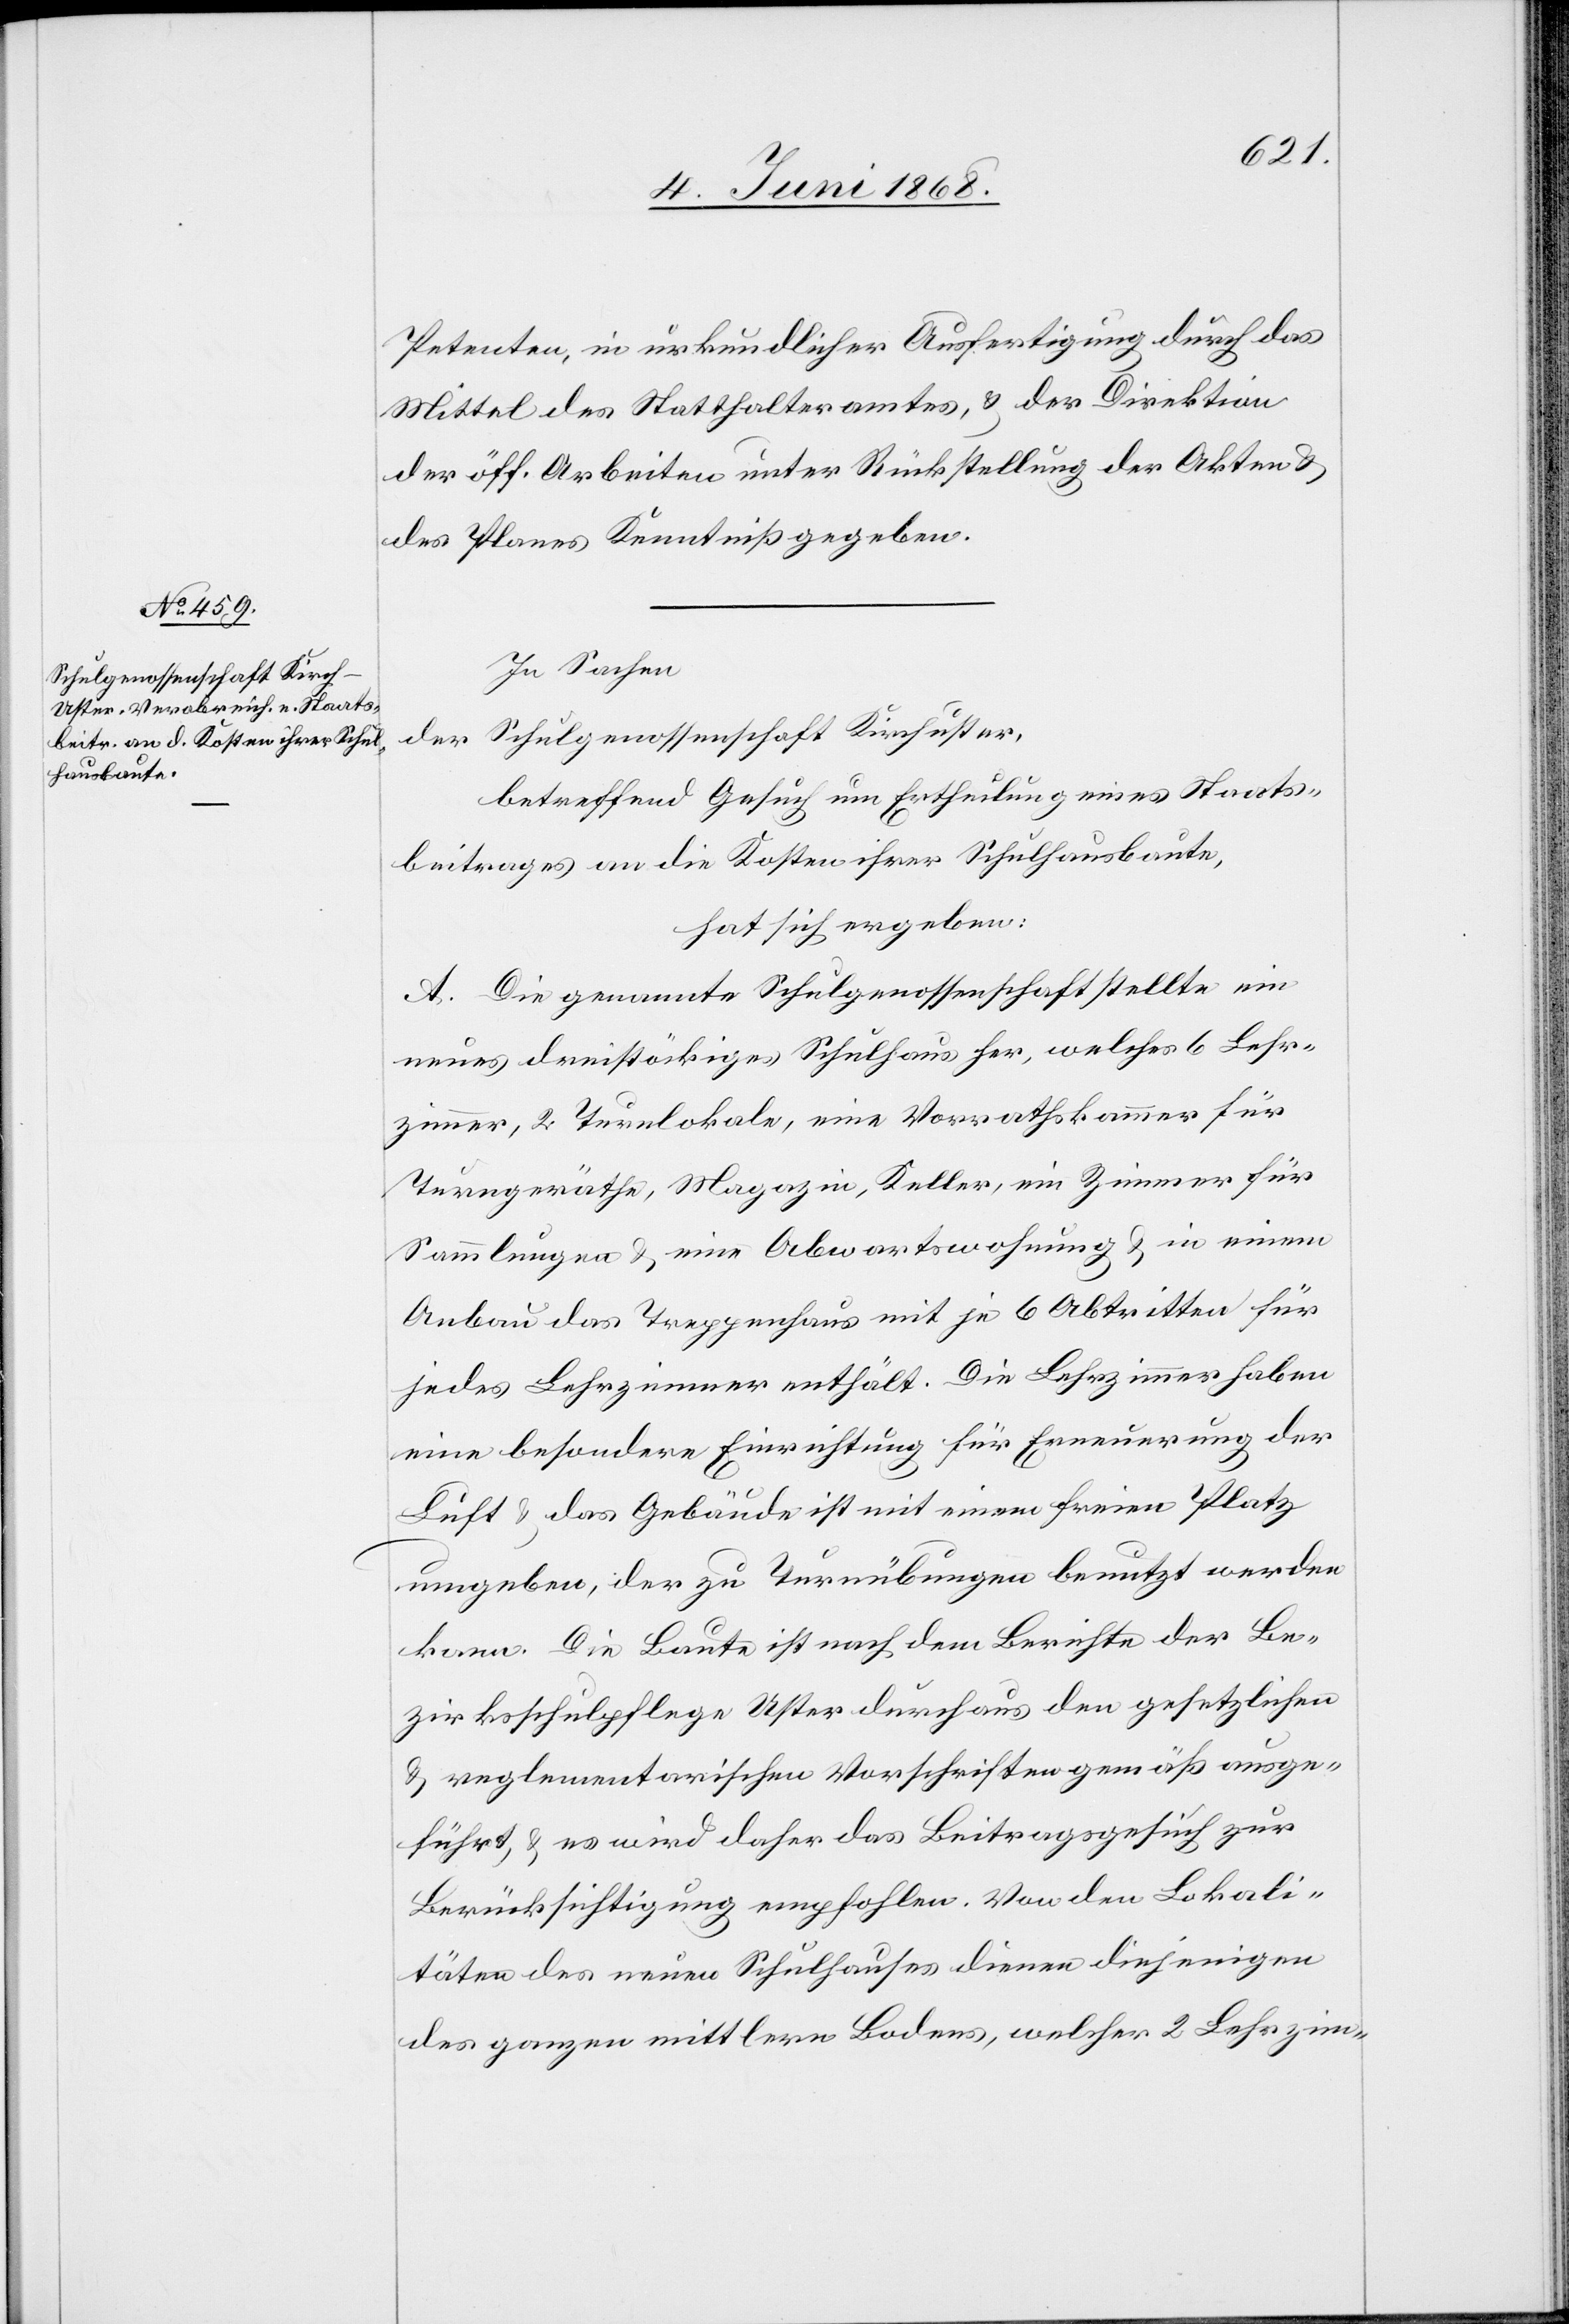
Petenten, in urkundlicher Ausfertigung durch das
Mittel des Statthalteramtes, & der Direktion
der öff. Arbeiten unter Rückstellung der Akten &
des Planes Kenntniß gegeben.
In Sachen
Schulgenossenschaft Kirchuster,
der
betreffend Gesuch um Ertheilung eines Staats¬
beitrages an die Kosten ihrer Schulhausbaute,
hat sich ergeben:
A. Die genannte Schulgenossenschaft stellte ein
neues dreistöckiges Schulhaus her, welches 6 Lehr¬
zimmer, 2 Turnlokale, eine Vorrathskammer für
Turngeräthe, Magazin, Keller, ein Zimmer für
Sammlungen & eine Abwartswohnung & in einem
Anbau das Treppenhaus mit je 6 Abtritten für
jedes Lehrzimmer enthält. Die Lehrzimmer haben
eine besondere Einrichtung für Erneuerung der
Luft & das Gebäude ist mit einem freien Platz
umgeben, der zu Turnübungen benutzt werden
kann. Die Baute ist nach dem Berichte der Be¬
zirksschulpflege Uster durchaus den gesetzlichen
& reglementarischen Vorschriften gemäß ausge¬
führt, & es wird daher das Beitragsgesuch zur
Berücksichtigung empfohlen. Von den Lokali¬
täten des neuen Schulhauses dienen diejenigen
des ganzen mittlern Bodens, welcher 2 Lehrzim-